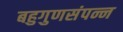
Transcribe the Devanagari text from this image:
बहुगुणसंपन्न